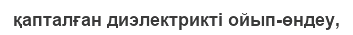
қапталған диэлектрикті ойып-өндеу,